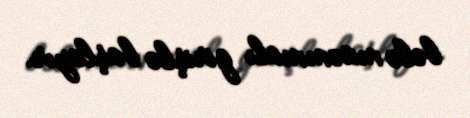
belə müəmmalı girişlə başlayır.